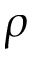
\rho